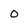
Character: 0